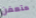
متعفن